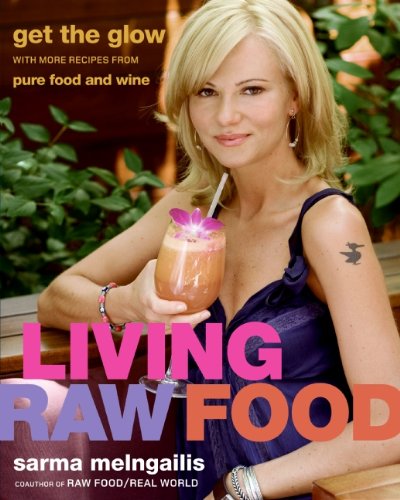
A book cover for Living Raw Food: Get the Glow with More Recipes from Pure Food and Wine; Sarma Melngailis; Cookbooks, Food & Wine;